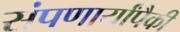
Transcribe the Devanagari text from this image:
संपणार्यांपैकी